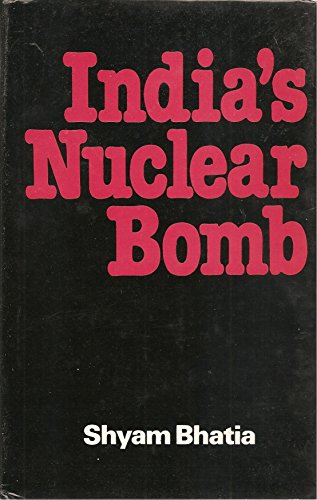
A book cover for India's Nuclear Bomb; Shyam Bhatia; History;